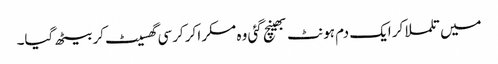
میں تلملا کر ایک دم ہونٹ بھینچ گئی وہ مسکرا کر کرسی گھسیٹ کر بیٹھ گیا۔